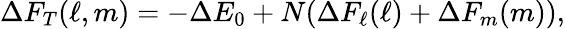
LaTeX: \Delta F_{T}(\ell,m)=-\Delta E_{0}+N(\Delta F_{\ell}(\ell)+\Delta F_{m}(m)),